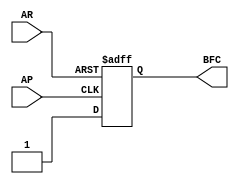
module bounceless_switch(AR, AP,BFC);
input wire AR,AP; // Asynchronous Reset and Preset
output reg BFC; // Bounce Free Switch output

always @ ( posedge AR, posedge AP) begin
if (AR == 1'b1)
BFC <= 0;
else if (AP == 1'b1)
BFC <= 1;
end
endmodule